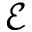
\mathcal { E }